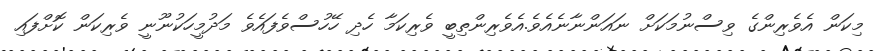
މިކަން އެވެރިންގެ ވިސްނުމަކަށް ނައަންނާނެއެވެ.އެވެރިންތިބީ ވެރިކަމާ ހެދި ހޭހުސްވެފައެވެ މަދުމީހަކުނޫނީ ވެރިކަން ކޮށްފައި